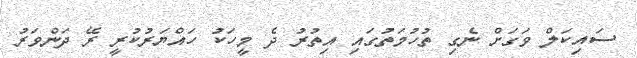
ސައިކަލް ވަގަށް ނެގި ތުހުމަތުގައި އިތުރު ދެ މީހަކު ހައްޔަރުކުރީ ރޭ ދަންވަރު